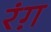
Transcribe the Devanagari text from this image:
रंग़